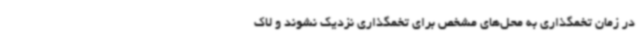
در زمان تخمگذاری به محل‌های مشخص برای تخمگذاری‌ نزدیک نشوند و لاک